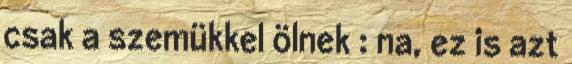
csak a szemükkel ölnek : na, ez is azt